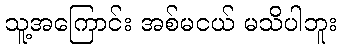
သူ့အကြောင်း အစ်မငယ် မသိပါဘူး